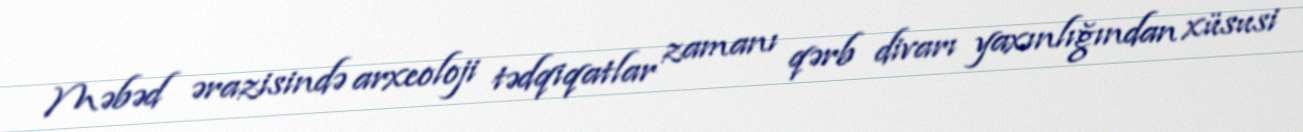
Məbəd ərazisində arxeoloji tədqiqatlar zamanı qərb divarı yaxınlığından xüsusi